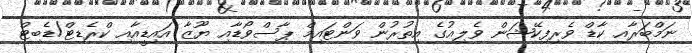
ނަމްބަރާއި ކާޑް ވެރިފިކޭޝަން ވެލިއުގެ އިތުރުން ވަންޓައިމް ޕާސްވޯޑާއި ޔޫޒާ އައިޑީއާއި ކްރެޑިޓް/ޑެބިޓް